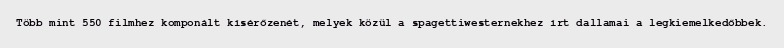
Több mint 550 filmhez komponált kísérőzenét, melyek közül a spagettiwesternekhez írt dallamai a legkiemelkedőbbek.